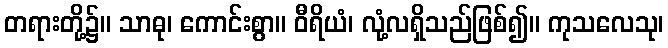
တရားတို့၌။ သာဓု၊ ကောင်းစွာ။ ဝီရိယံ၊ လုံ့လရှိသည်ဖြစ်၍။ ကုသလေသု၊